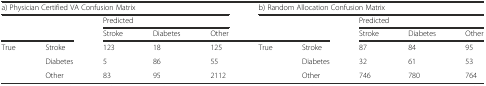
| <COLSPAN=5> a) Physician Certified VA Confusion Matrix | <COLSPAN=5> b) Random Allocation Confusion Matrix |
 | <ROWSPAN=2-COLSPAN=2>  | <COLSPAN=3> Predicted | <ROWSPAN=2-COLSPAN=2>  | <COLSPAN=3> Predicted |
 | Stroke | Diabetes | Other | Stroke | Diabetes | Other |
 | --- | --- | --- | --- | --- | --- | --- | --- | --- | --- |
 | True | Stroke | 123 | 18 | 125 | True | Stroke | 87 | 84 | 95 |
 |  | Diabetes | 5 | 86 | 55 |  | Diabetes | 32 | 61 | 53 |
 |  | Other | 83 | 95 | 2112 |  | Other | 746 | 780 | 764 |